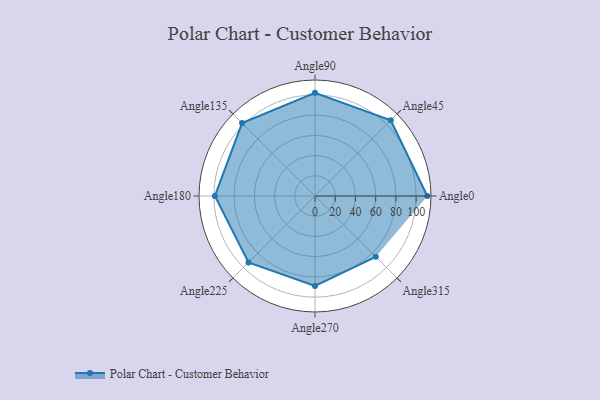
{"axis": {"x": "Angle", "y": "Radius"}, "legend": [""], "data": [{"x": "Angle0", "y": 111.0, "type": ""}, {"x": "Angle45", "y": 106.0, "type": ""}, {"x": "Angle90", "y": 102.0, "type": ""}, {"x": "Angle135", "y": 102.0, "type": ""}, {"x": "Angle180", "y": 99.0, "type": ""}, {"x": "Angle225", "y": 93.0, "type": ""}, {"x": "Angle270", "y": 89.0, "type": ""}, {"x": "Angle315", "y": 85.0, "type": ""}]}